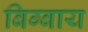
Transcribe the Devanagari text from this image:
बिग्बाय